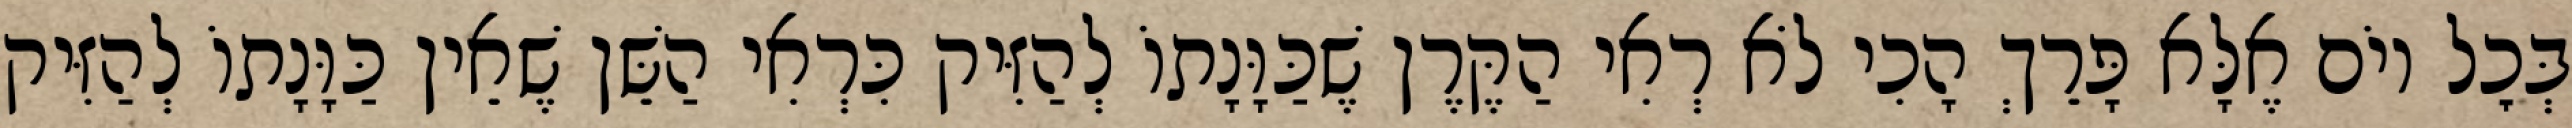
בְּכׇל יוֹם אֶלָּא פָּרֵךְ הָכִי לֹא רְאִי הַקֶּרֶן שֶׁכַּוָּנָתוֹ לְהַזִּיק כִּרְאִי הַשֵּׁן שֶׁאֵין כַּוָּנָתוֹ לְהַזִּיק